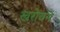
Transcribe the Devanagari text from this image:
खरोचने